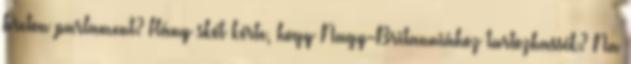
breton parlament? Hány skót kérte, hogy Nagy-Britanniához tartozhassék? Na